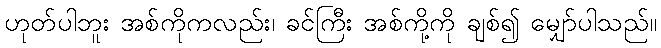
ဟုတ်ပါဘူး အစ်ကိုကလည်း၊ ခင်ကြီး အစ်ကို့ကို ချစ်၍ မျှော်ပါသည်။